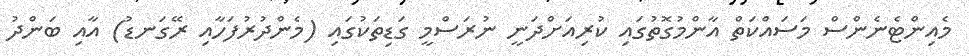
މެއިންޓެނެންސް މަސައްކަތް އާންމުގޮތުގައި ކުރިއަށްދަނީ ނުރަސްމީ ގަޑިތަކުގައި (މެންދުރުފަހާއި ރޭގަނޑު) އާއި ބަންދު